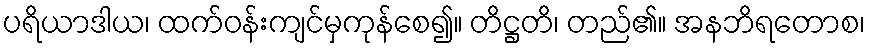
ပရိယာဒါယ၊ ထက်ဝန်းကျင်မှကုန်စေ၍။ တိဋ္ဌတိ၊ တည်၏။ အနဘိရတောစ၊